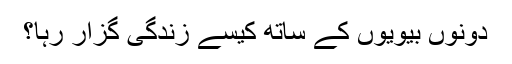
دونوں بیویوں کے ساتھ کیسے زندگی گزار رہا؟